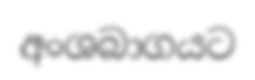
අංශබාගයට